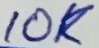
Text: 10K